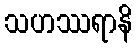
သဟဿရာနိ